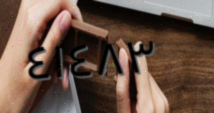
٤١٤٨٣